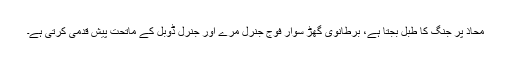
محاذ پر جنگ کا طبل بجتا ہے، برطانوی گھڑ سوار فوج جنرل مرے اور جنرل ڈوبل کے ماتحت پیش قدمی کرتی ہے۔